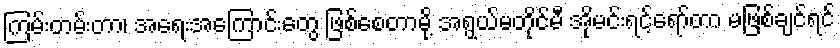
ကြမ်းတမ်းတာ၊ အရေးအကြောင်းတွေ ဖြစ်စေတာမို့ အရွယ်မတိုင်မီ အိုမင်းရင့်ရော်တာ မဖြစ်ချင်ရင်